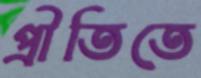
প্রীতিতে